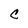
Character: C